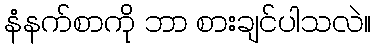
နံနက်စာကို ဘာ စားချင်ပါသလဲ။